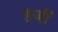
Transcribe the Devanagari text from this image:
हर्जी